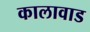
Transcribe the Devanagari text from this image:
कालावाड